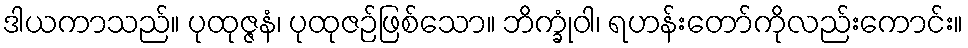
ဒါယကာသည်။ ပုထုဇ္ဇနံ၊ ပုထုဇဉ်ဖြစ်သော။ ဘိက္ခုံဝါ၊ ရဟန်းတော်ကိုလည်းကောင်း။